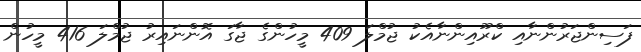
ފަސިންޖަރުންނާއި ކްރޫއިންނާއެކު ޖުމްލަ 409 މީހުންގެ ޖާގަ އޮންނައިރު ޖުމްލަ 416 މީހުން